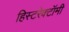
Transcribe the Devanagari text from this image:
हिस्टरेक्टॉमी